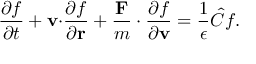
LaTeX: { \frac { \partial f } { \partial t } } + \mathbf { v \cdot } { \frac { \partial f } { \partial \mathbf { r } } } + { \frac { \mathbf { F } } { m } } \cdot { \frac { \partial f } { \partial \mathbf { v } } } = { \frac { 1 } { \epsilon } } { \hat { C } } f .